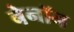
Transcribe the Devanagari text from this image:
बेनॉन